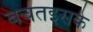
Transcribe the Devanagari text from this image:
बचतइसके